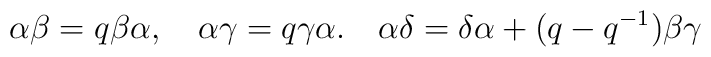
\alpha\beta = q\beta \alpha , \quad \alpha\gamma = q\gamma\alpha . \quad \alpha \delta = \delta\alpha +(q-q^{-1})\beta\gamma